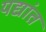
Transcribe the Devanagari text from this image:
यद्यांत